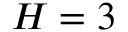
H = 3